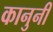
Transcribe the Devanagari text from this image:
कानुनी